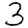
Digit: 3